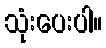
သုံးပေးပါ။